Civil Veterinary Dept. Bombay admin report 1914-1922 - 1914-1922
Year: 1914
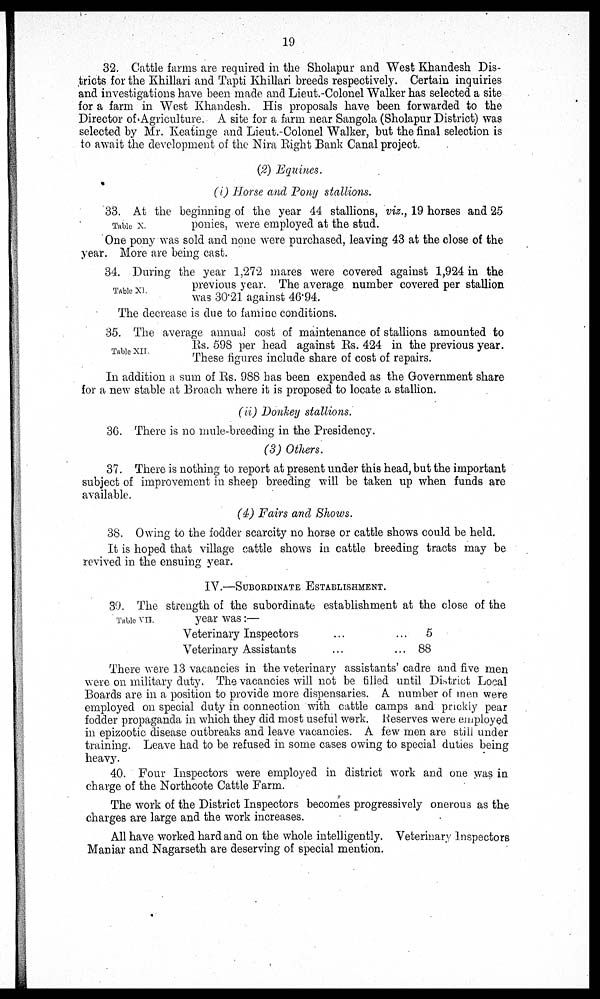
19
32. Cattle farms are required in the Sholapur and West Khandesh Dis-
tricts for the Khillari and Tapti Khillari breeds respectively. Certain inquiries
and investigations have been made and Lieut.-Colonel Walker has selected a site
for a farm in West Khandesh. His proposals have been forwarded to the
Director of Agriculture. A site for a farm near Sangola (Sholapur District) was
selected by Mr. Keatinge and Lieut.-Colonel Walker, but the final selection is
to await the development of the Nira Right Bank Canal project.
(2) Equines.
(i) Horse and Pony stallions.
Table X.
33. At the beginning of the year 44 stallions, viz., 19 horses and 25
ponies, were employed at the stud.
One pony was sold and none were purchased, leaving 43 at the close of the
year. More are being cast.
Table XI.
34. During the year 1,272 mares were covered against 1,924 in the
previous year. The average number covered per stallion
was 30.21 against 46.94.
The decrease is due to famine conditions.
Table XII.
35. The average annual cost of maintenance of stallions amounted to
Rs. 598 per head against Rs. 424 in the previous year.
These figures include share of cost of repairs.
In addition a sum of Rs. 988 has been expended as the Government share
for a new stable at Broach where it is proposed to locate a stallion.
(ii) Donkey stallions.
36. There is no mule-breeding in the Presidency.
(3) Others.
37. There is nothing to report at present under this head, but the important
subject of improvement in sheep breeding will be taken up when funds are
available.
(4) Fairs and Shows.
38. Owing to the fodder scarcity no horse or cattle shows could be held.
It is hoped that village cattle shows in cattle breeding tracts may be
revived in the ensuing year.
IV.—SUBORDINATE ESTABLISHMENT.
Table VII.
39. The strength of the subordinate establishment at the close of the
year was:—
Veterinary Inspectors
Veterinary Assistants
...
...
...
...
5
88
There were 13 vacancies in the veterinary assistants' cadre and five men
were on military duty. The vacancies will not be filled until District Local
Boards are in a position to provide more dispensaries. A number of men were
employed on special duty in connection with cattle camps and prickly pear
fodder propaganda in which they did most useful work. Reserves were employed
in epizootic disease outbreaks and leave vacancies. A few men are still under
training. Leave had to be refused in some cases owing to special duties being
heavy.
40. Four Inspectors were employed in district work and one was in
charge of the Northcote Cattle Farm.
The work of the District Inspectors becomes progressively onerous as the
charges are large and the work increases.
All have worked hard and on the whole intelligently. Veterinary Inspectors
Maniar and Nagarseth are deserving of special mention.